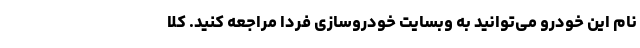
نام این خودرو می‌توانید به وبسایت خودروسازی فردا مراجعه کنید. کلا